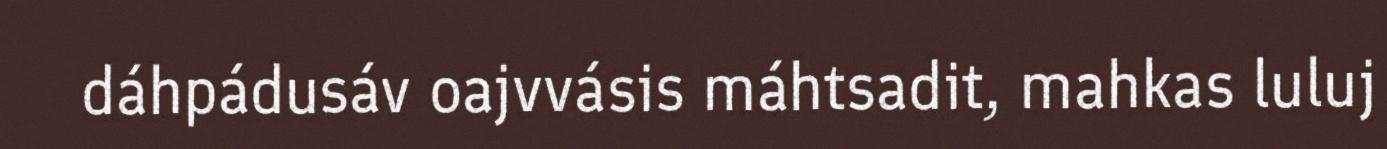
dáhpádusáv oajvvásis máhtsadit, mahkas luluj